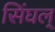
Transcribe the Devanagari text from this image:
सिंघल्